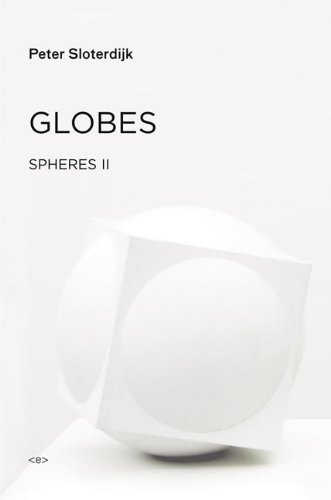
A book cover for Globes: Spheres Volume II: Macrospherology (Semiotext(e) / Foreign Agents); Peter Sloterdijk; Politics & Social Sciences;